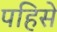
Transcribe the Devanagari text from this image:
पहिसे